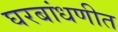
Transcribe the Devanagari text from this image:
घरबांधणीत